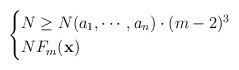
LaTeX: \begin{align*} \begin{cases}N \ge N(a_1,\cdots,a_n)\cdot(m-2)^3 \\N F_m(\mathbf x) \end{cases}\end{align*}